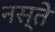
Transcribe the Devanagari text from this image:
नस्ते